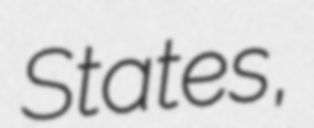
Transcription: States,